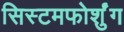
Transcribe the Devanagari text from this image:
सिस्टमफोर्शुंग